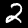
Label: 2